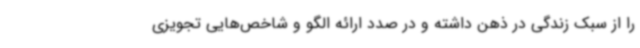
را از سبک زندگی در ذهن داشته و در صدد ارائه الگو و شاخص‌هایی تجویزی